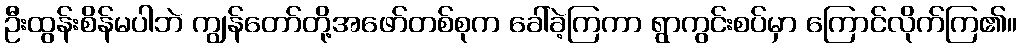
ဦးထွန်းစိန်မပါဘဲ ကျွန်တော်တို့အဖော်တစ်စုက ခေါ်ခဲ့ကြကာ ရွာကွင်းစပ်မှာ ကြောင်လိုက်ကြ၏။